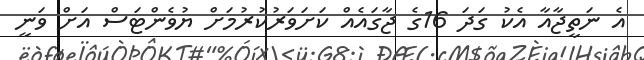
އެ ނަތީޖާއާ އެކު ގަދަ 16ގެ ޖާގައެއް ކަށަވަރުކުރުމަށް ޔުވެންޓަސް އަށް ވަނީ